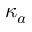
\kappa _ { a }